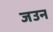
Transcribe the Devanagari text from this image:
जउन